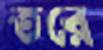
তরে